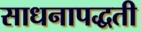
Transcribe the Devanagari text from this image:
साधनापद्धती